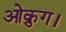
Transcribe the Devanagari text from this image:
ओक्रुग।